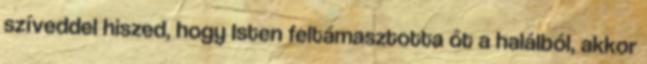
szíveddel hiszed, hogy Isten feltámasztotta őt a halálból, akkor